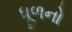
ધૂળનો